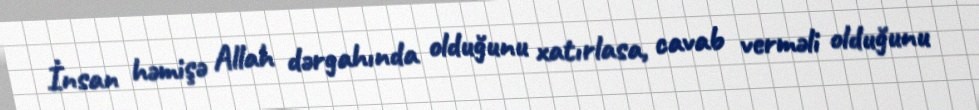
İnsan həmişə Allah dərgahında olduğunu xatırlasa, cavab verməli olduğunu